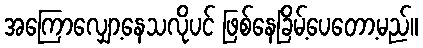
အကြောလျှော့နေသလိုပင် ဖြစ်နေခြိမ့်ပေတော့မည်။